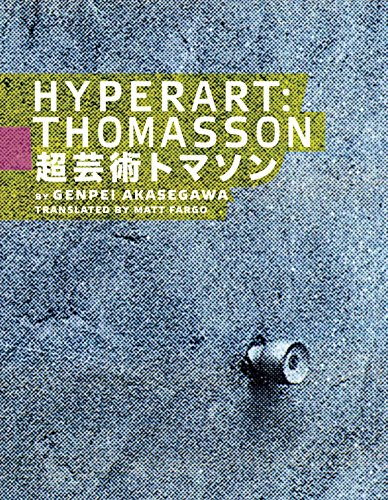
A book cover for Hyperart: Thomasson: By Akasegawa Genpei; Genpei Akasegawa; Arts & Photography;